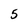
Character: 5